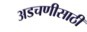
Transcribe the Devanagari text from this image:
अडचणीसाठी